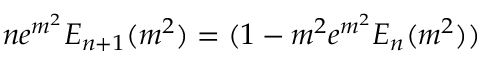
n e ^ { m ^ { 2 } } E _ { n + 1 } ( m ^ { 2 } ) = ( 1 - m ^ { 2 } e ^ { m ^ { 2 } } E _ { n } ( m ^ { 2 } ) )